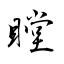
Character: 瞠